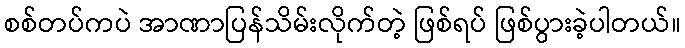
စစ်တပ်ကပဲ အာဏာပြန်သိမ်းလိုက်တဲ့ ဖြစ်ရပ် ဖြစ်ပွားခဲ့ပါတယ်။